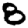
Digit: 8